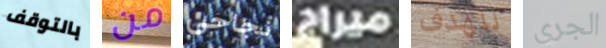
بالتوقف من نجاحي ميراج للهدف الجري